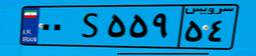
۰۰S۵۵۹۵۴